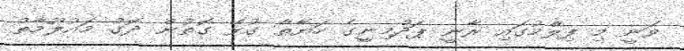
ވަނީ މި ފިލްމުގައި ރާނީ ޕަދްމިނީގެ ހަޔާތާ ގުޅޭ ގޮތުން ދޮގު މައުލޫމާތު